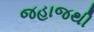
જહાજથી